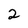
Character: 2